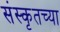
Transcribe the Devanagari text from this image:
संस्‍कृतच्या